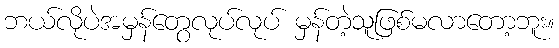
ဘယ်လိုပဲအမှန်တွေလုပ်လုပ် မှန်တဲ့သူဖြစ်မလာတော့ဘူး။